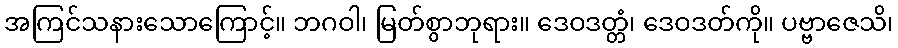
အကြင်သနားသောကြောင့်။ ဘဂဝါ၊ မြတ်စွာဘုရား။ ဒေဝဒတ္တံ၊ ဒေဝဒတ်ကို။ ပဗ္ဗာဇေသိ၊